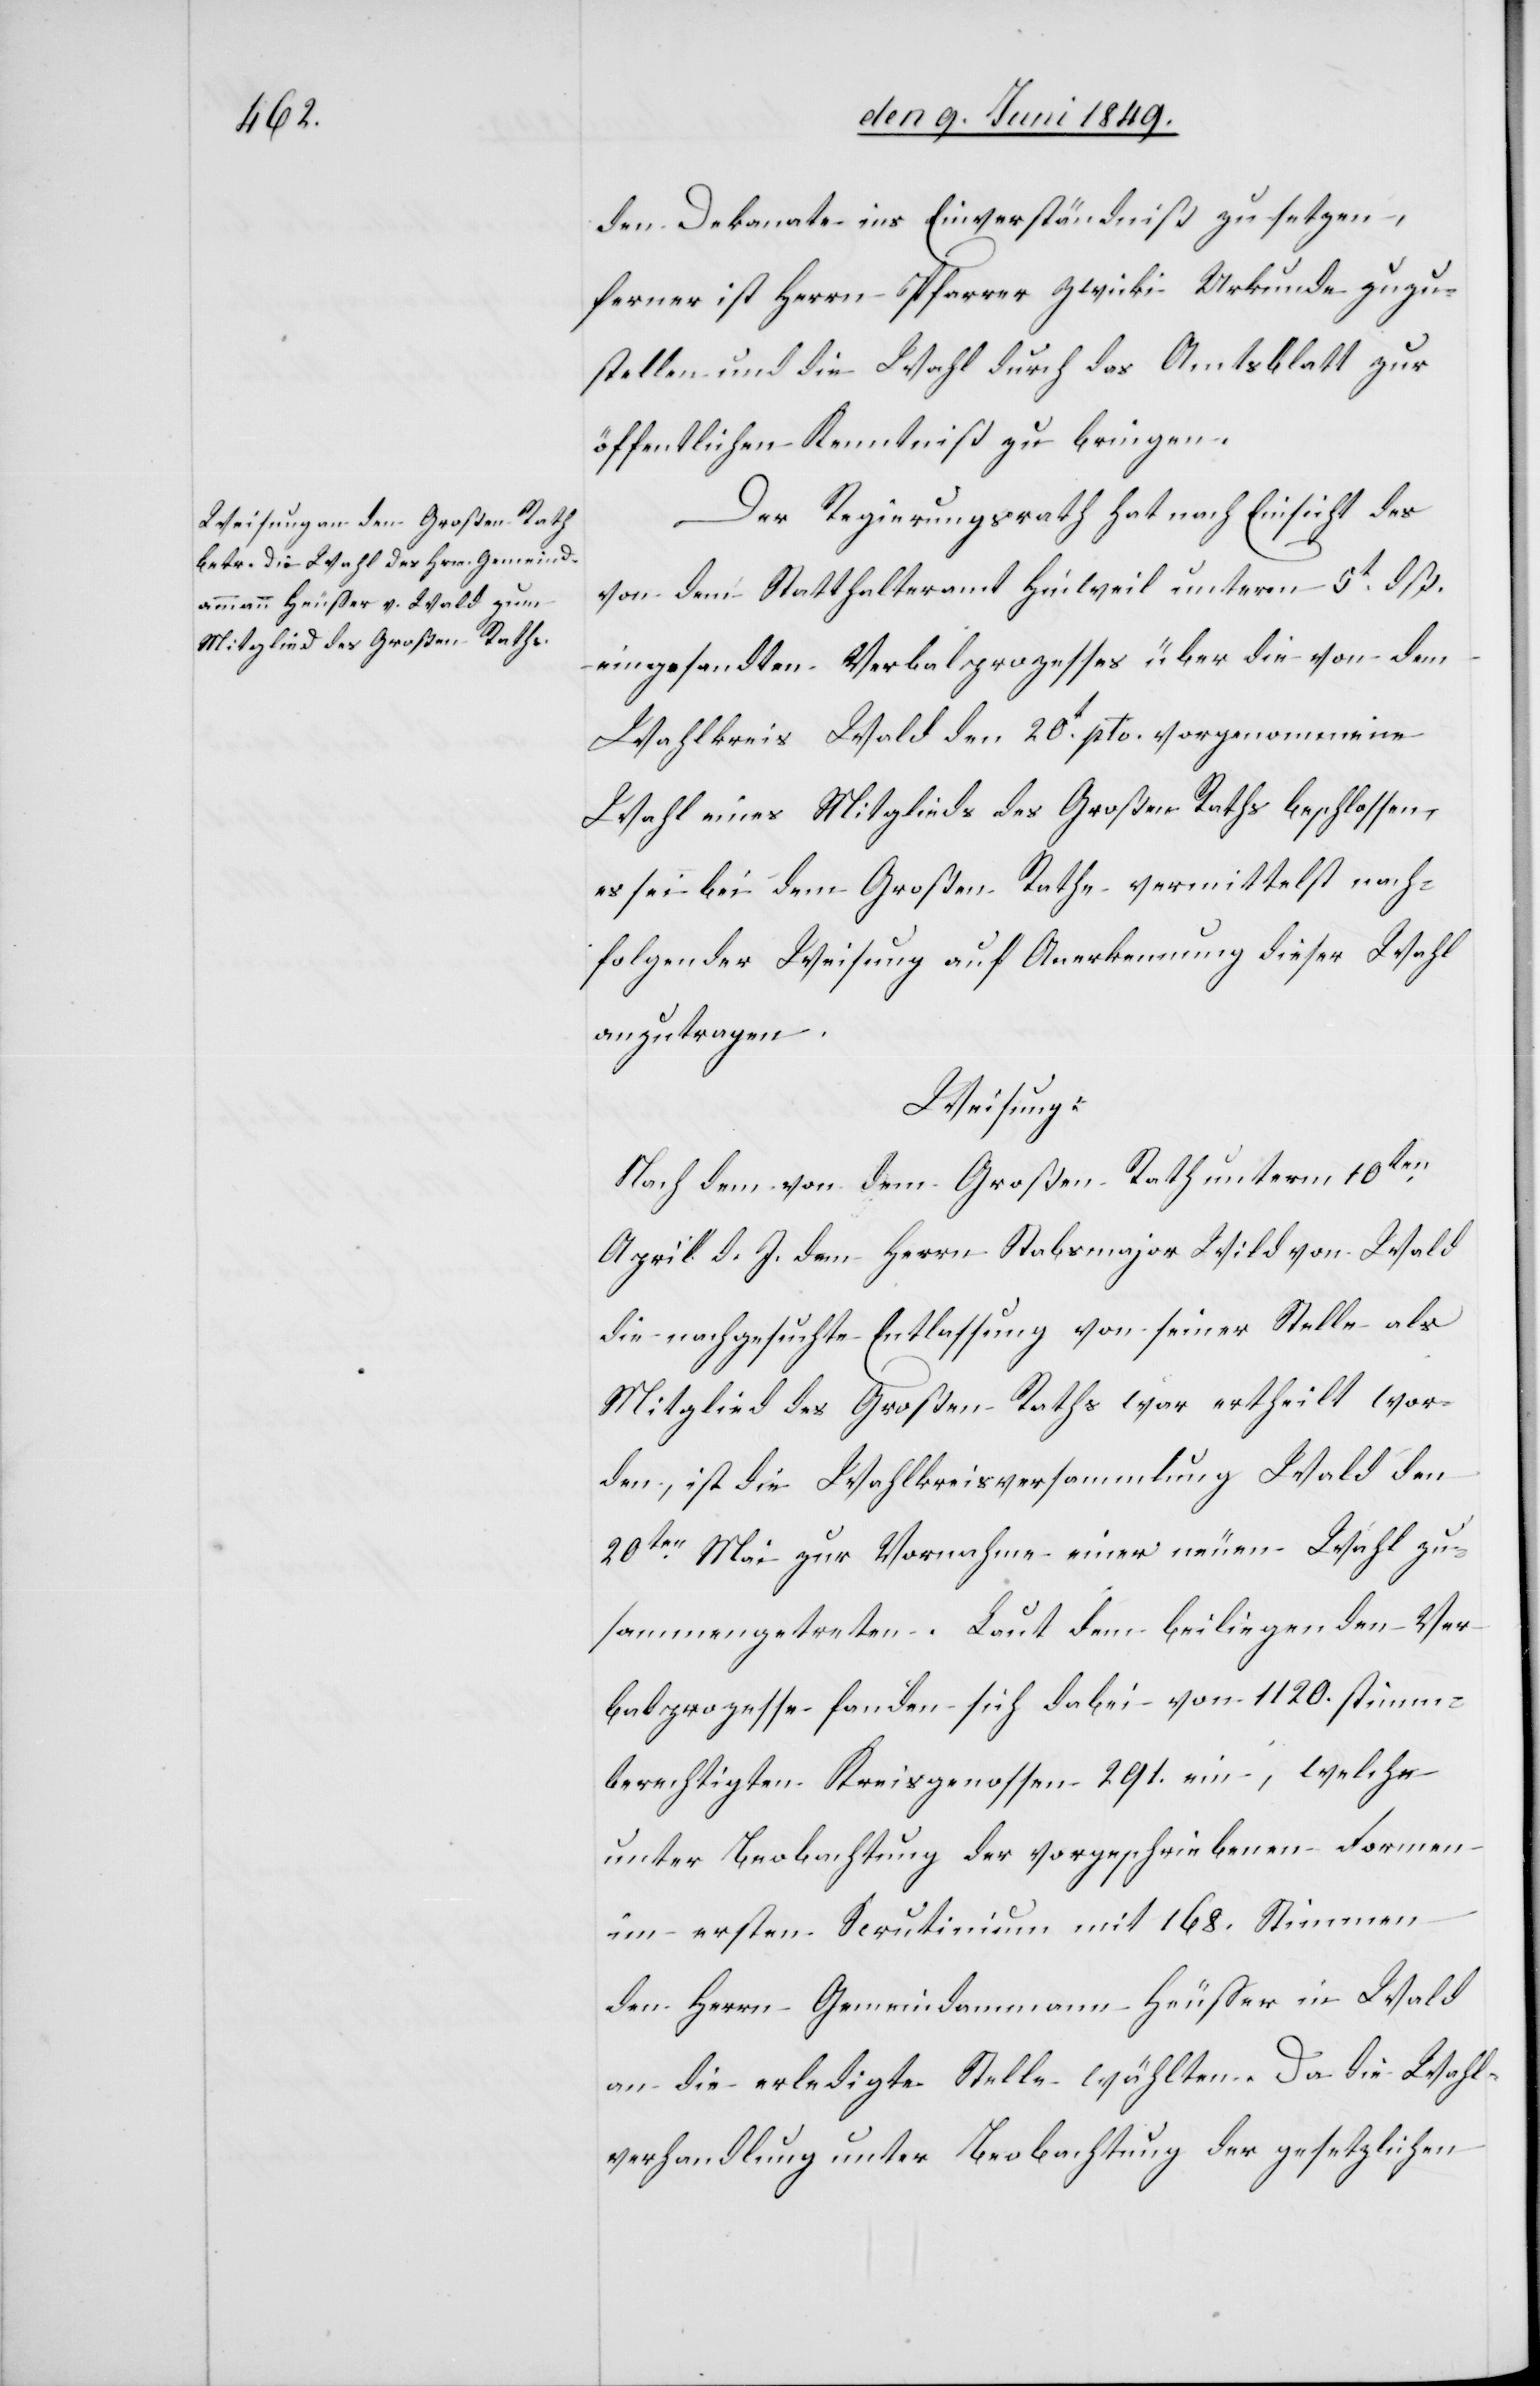
den Dekanate ins Einverständniß zu setzen,
ferner ist Herrn Pfarrer Zwicki Urkunde zuzu¬
stellen und die Wahl durch das Amtsblatt zur
öffentlichen Kenntniß zu bringen.
Der Regierungsrath hat nach Einsicht des
von dem Statthalteramt Hinweil unterm 5t dß.
eingesandten Verbalprozesses über die von dem
Wahlkreis Wald den 20t pto. vorgenommene
Wahl eines Mitglieds des Großen Raths beschlossen,
es sei bei dem Großen Rathe vermittelst nach¬
folgender Weisung auf Anerkennung dieser Wahl
anzutragen.
Weisung:
Nach dem von dem Großen Rath unterm 10ten
April d. J. dem Herrn Stabsmajor Wild von Wald
die nachgesuchte Entlassung von seiner Stelle als
Mitglied des Großen Raths war ertheilt wor¬
den, ist die Wahlkreisversammlung Wald den
20ten Mai zur Vornahme einer neuen Wahl zu¬
sammengetreten. Laut dem beiliegenden Ver¬
balprozesse fanden sich dabei von 1120. stimm¬
berechtigten Kreisgenossen 291. ein, welche
unter Beobachtung der vorgeschriebenen Formen
im ersten Scrutinium mit 168. Stimmen
den Herrn Gemeindammann Heusser in Wald
an die erledigte Stelle wählten. Da die Wahl¬
verhandlung unter Beobachtung der gesetzlichen